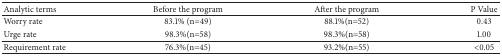
<table><thead><tr><td><b>Analytic terms</b></td><td><b>Before the program</b></td><td><b>After the program</b></td><td><b>P Value</b></td></tr></thead><tbody><tr><td>Worry rate</td><td>83.1% (n=49)</td><td>88.1%(n=52)</td><td>0.43</td></tr><tr><td>Urge rate</td><td>98.3%(n=58)</td><td>98.3%(n=58)</td><td>1.00</td></tr><tr><td>Requirement rate</td><td>76.3%(n=45)</td><td>93.2%(n=55)</td><td>&lt;0.05</td></tr></tbody></table>